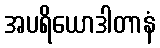
အပရိယောဒါတာနံ